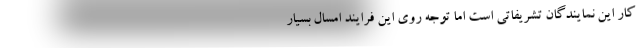
کار این نمایندگان تشریفاتی است اما توجه روی این فرایند امسال بسیار